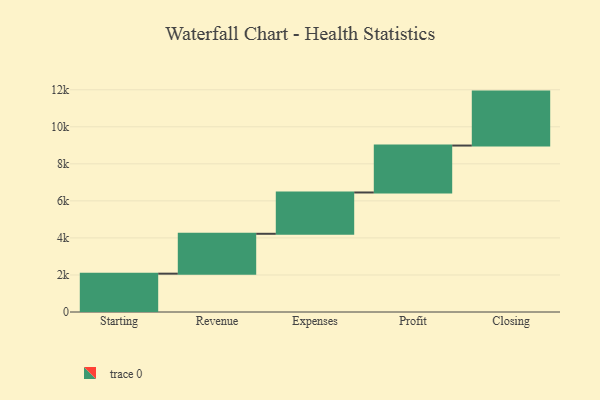
{"axis": {"x": "Step", "y": "Value"}, "legend": [""], "data": [{"x": "Starting", "y": 2070.0, "type": ""}, {"x": "Revenue", "y": 2153.0, "type": ""}, {"x": "Expenses", "y": 2230.0, "type": ""}, {"x": "Profit", "y": 2534.0, "type": ""}, {"x": "Closing", "y": 2913.0, "type": ""}]}